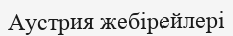
Аустрия жебірейлері